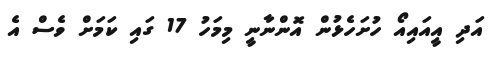
އަދި އީއައިއޯ ހުށަހެޅުން އޮންނާނީ މިމަހު 17 ގައި ކަމަށް ވެސް އެ